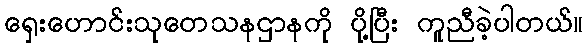
ရှေးဟောင်းသုတေသနဌာနကို ပို့ပြီး ကူညီခဲ့ပါတယ်။